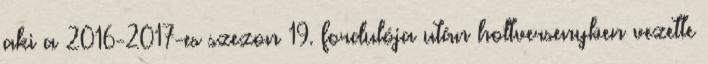
aki a 2016-2017-es szezon 19. fordulója után holtversenyben vezette